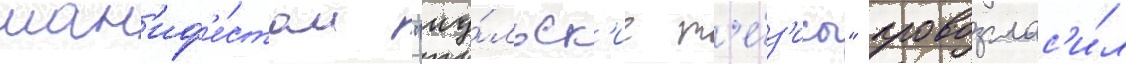
ман'иф'е́стом "иу́льск'ие т'е́з'исы" провозглас'и́л